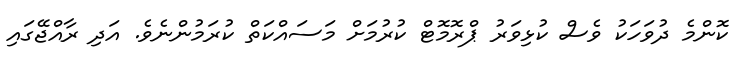
ކޮންމެ ދުވަހަކު ވެސް ކުޅިވަރު ޕްރޮމޮޓް ކުރުމަށް މަސައްކަތް ކުރަމުންނެވެ. އަދި ރާއްޖޭގައި